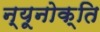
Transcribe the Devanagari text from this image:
न्यूनोक्‍ति